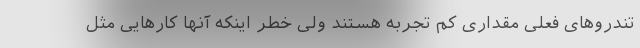
تندروهای فعلی مقداری کم تجربه هستند ولی خطر اینکه آنها کارهایی مثل